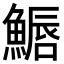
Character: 𩺦